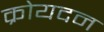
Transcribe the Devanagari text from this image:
क्रोयदन